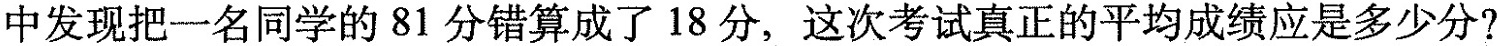
中发现把一名同学的81分错算成了18分，这次考试真正的平均成绩应是多少分?